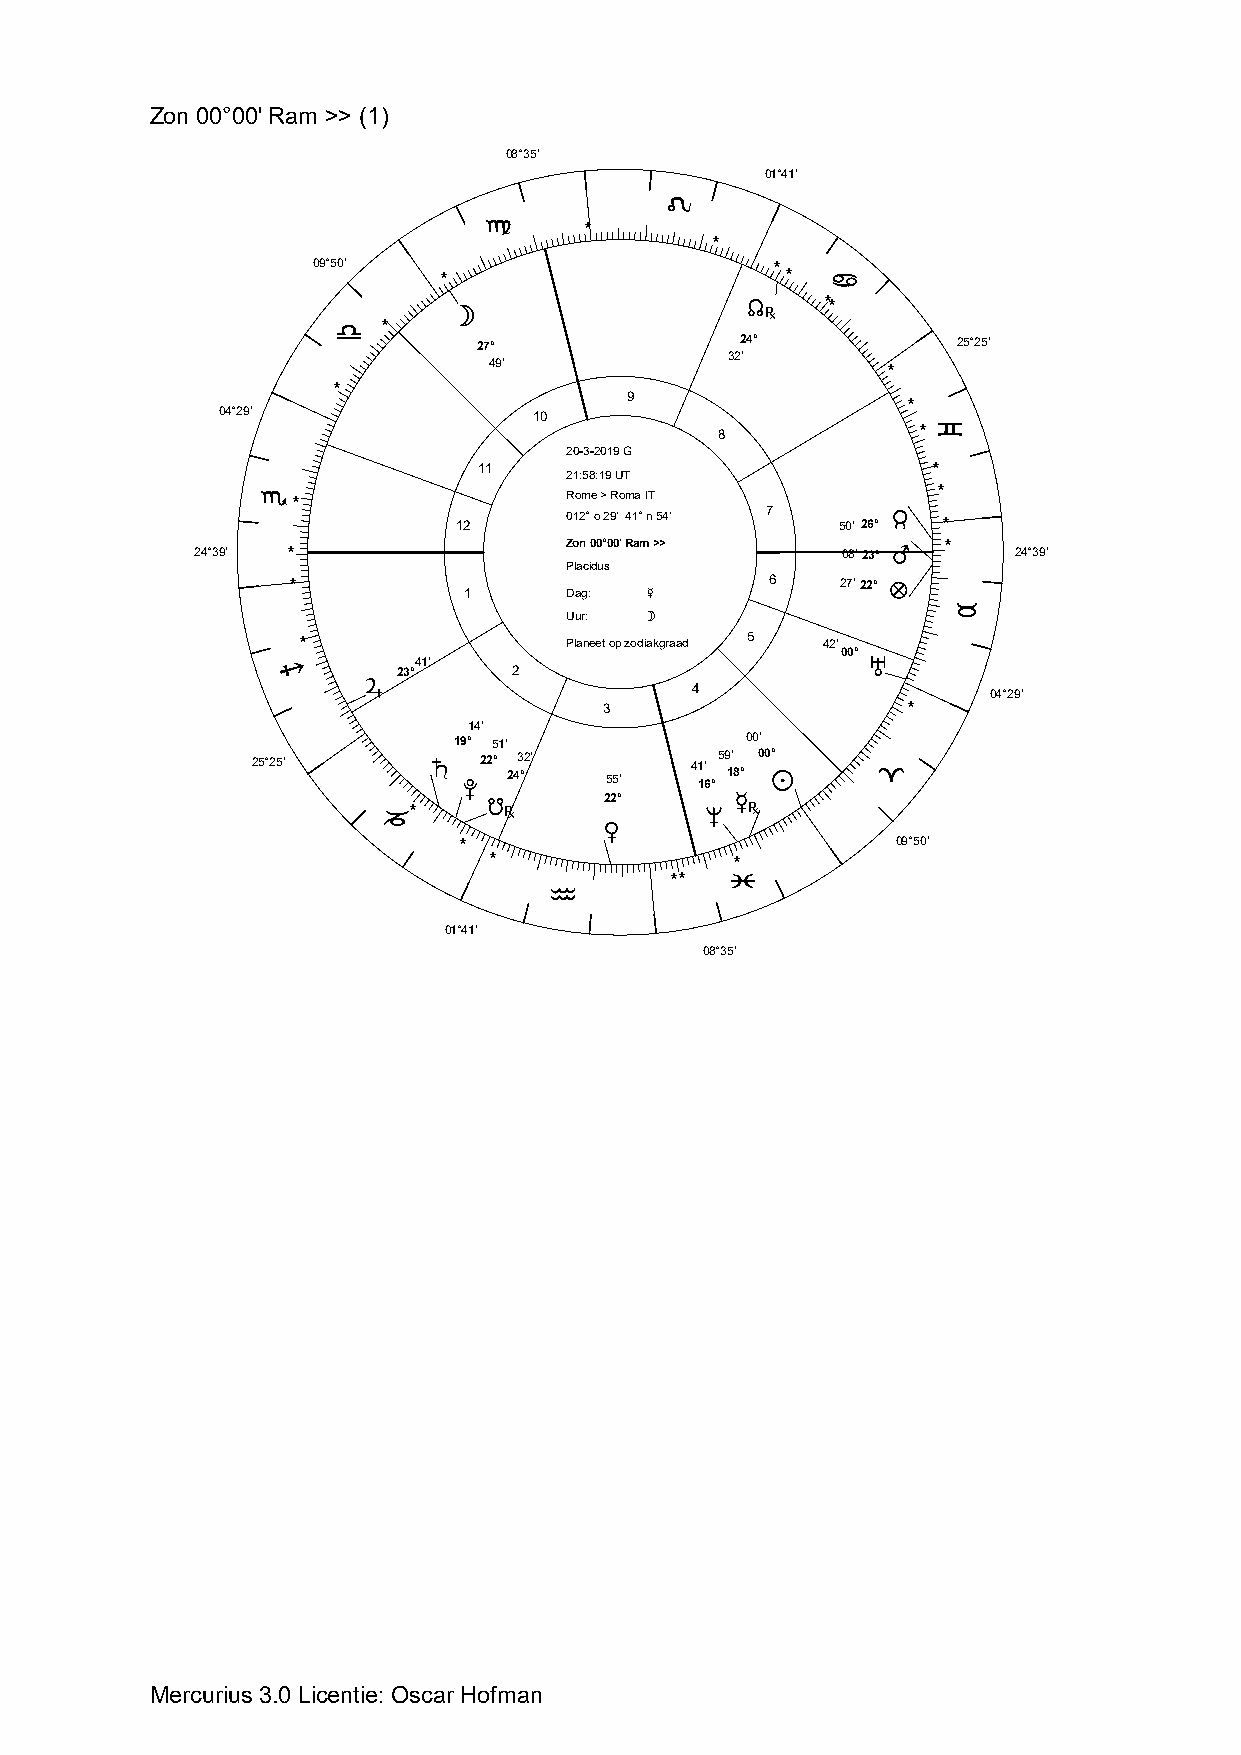
Zon 00°00' Ram >> (1)
 08°35'
 01°41'
 E
 F      *
 *
 09°50'                        *
 *                      *  D
 b
 kr    **
 G  *
 27°              24°           25°25'
 32'
 49'                        *
 *
 9
 *
 04°29'              10
 8             * C
 20-3-2019 G
 11                            *
 21:58:19 UT
 **
 H*                  Rome > Roma IT
 12     012° o 29' 41° n 54' 7 50' 26° s *
 24°39' *                Zon 00°00' Ram >>  08'23° e * 24°39'
 Placidus
 *                               6    27'22° l
 1     Dag:  c
 B
 Uur:  b
 *                Planeet op zodiakgraad 5 42'
 00°
 I       23°41'  2                       h
 f
 4                  04°29'
 3                   *
 14'
 19° 51'            00'
 25°25'      g j22° 243 °2' 55' 41 1' 6°59 1' 8° 00 a° A
 or      22°      cr
 *                   i
 J
 d
 *                            09°50'
 *                *
 **  L
 K
 01°41'
 08°35'
 Mercurius 3.0 Licentie: Oscar Hofman